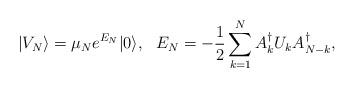
LaTeX: \begin{align*}|V_N\rangle=\mu_N e^{E_N}|0\rangle,\ \ E_N=-{1\over2}\sum_{k=1}^N A_k^\dagger U_k A_{N-k}^\dagger,\end{align*}